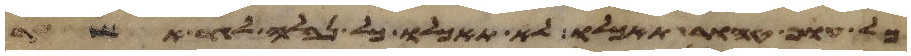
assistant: כל עוף טהור תאכלו לא תאכלו כל נבלה לגר אשר